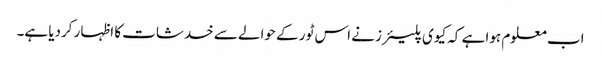
اب معلوم ہوا ہے کہ کیوی پلیئرز نے اس ٹور کے حوالے سے خدشات کا اظہار کردیا ہے۔